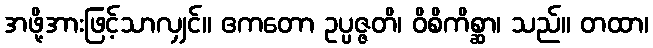
အဖို့အားဖြင့်သာလျှင်။ ဧကတော ဥပ္ပဇ္ဇတိ၊ ဝိစိကိစ္ဆာ၊ သည်။ တထာ၊